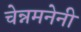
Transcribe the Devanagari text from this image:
चेन्नमनेनी